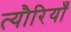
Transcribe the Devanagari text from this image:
त्यौरियाँ